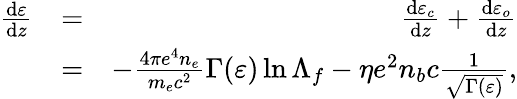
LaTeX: \begin{array}{rlr}{\frac{\mathrm{d}\varepsilon}{\mathrm{d}z}}&{=}&{\frac{\mathrm{d}\varepsilon_{c}}{\mathrm{d}z}+\frac{\mathrm{d}\varepsilon_{o}}{\mathrm{d}z}}\\ &{=}&{-\frac{4\pi e^{4}n_{e}}{m_{e}c^{2}}\Gamma(\varepsilon)\ln{\Lambda_{f}}-\eta e^{2}n_{b}c\frac{1}{\sqrt{\Gamma(\varepsilon)}},}\end{array}